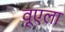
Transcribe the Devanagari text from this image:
वूएला